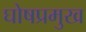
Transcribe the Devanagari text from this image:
घोषप्रमुख